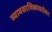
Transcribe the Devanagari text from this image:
व्यावसायिकाबरोबर